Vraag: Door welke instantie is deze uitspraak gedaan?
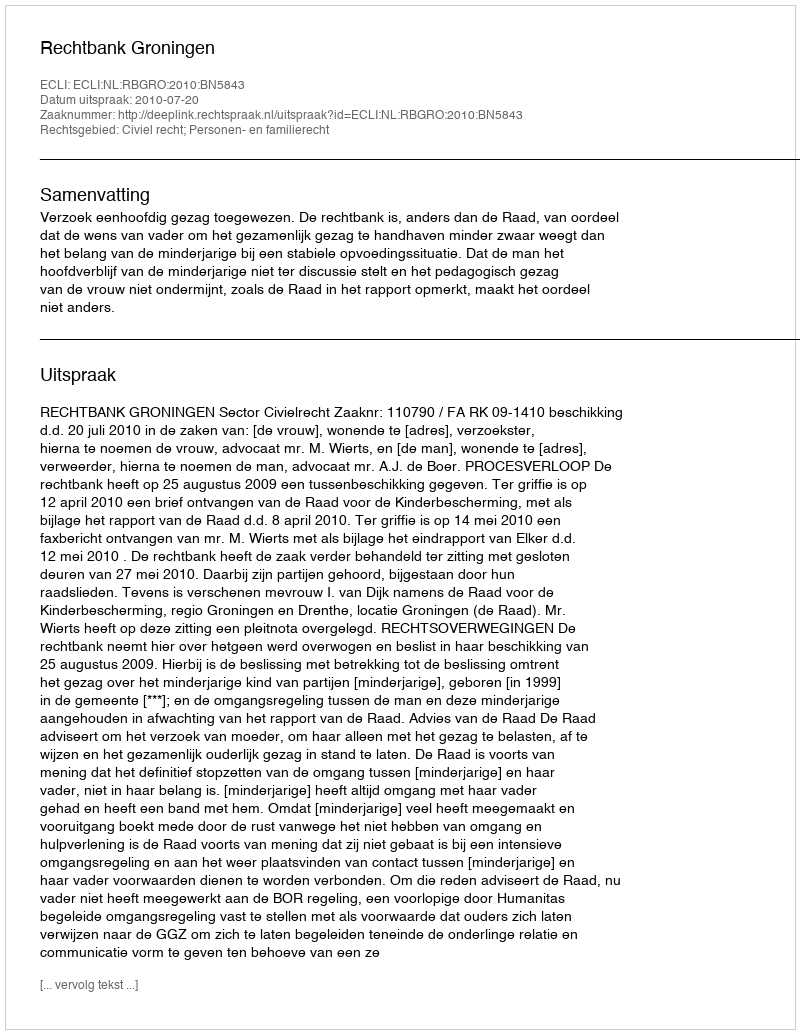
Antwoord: Rechtbank Groningen